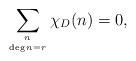
LaTeX: \begin{align*} \sum_{n \atop \deg n=r} \chi_D(n) =0, \end{align*}